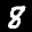
Label: 8